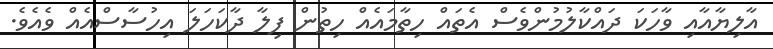
އާލިޔާއާއި ވާހަކަ ދައްކާލުމުންވެސް އެތައް ހިތާމައެއް ހިތުން ފިލާ ދާކަހަލަ އިހުސާސްއެއް ވެއެވެ.